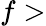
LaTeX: f>